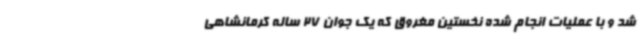
شد و با عملیات انجام شده نخستین مغروق که یک جوان 27 ساله کرمانشاهی